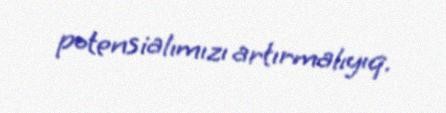
potensialımızı artırmalıyıq.